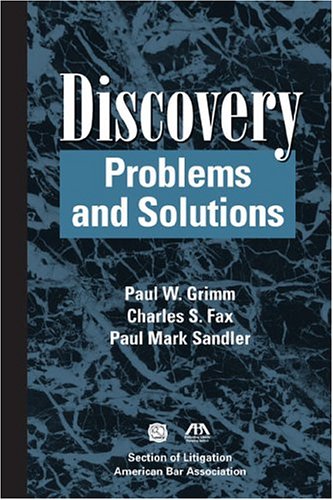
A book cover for Discovery: Problems and Solutions; Paul W. Grimm; Law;